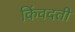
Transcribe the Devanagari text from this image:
किंवदती